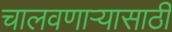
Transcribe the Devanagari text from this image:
चालवणाऱ्यासाठी